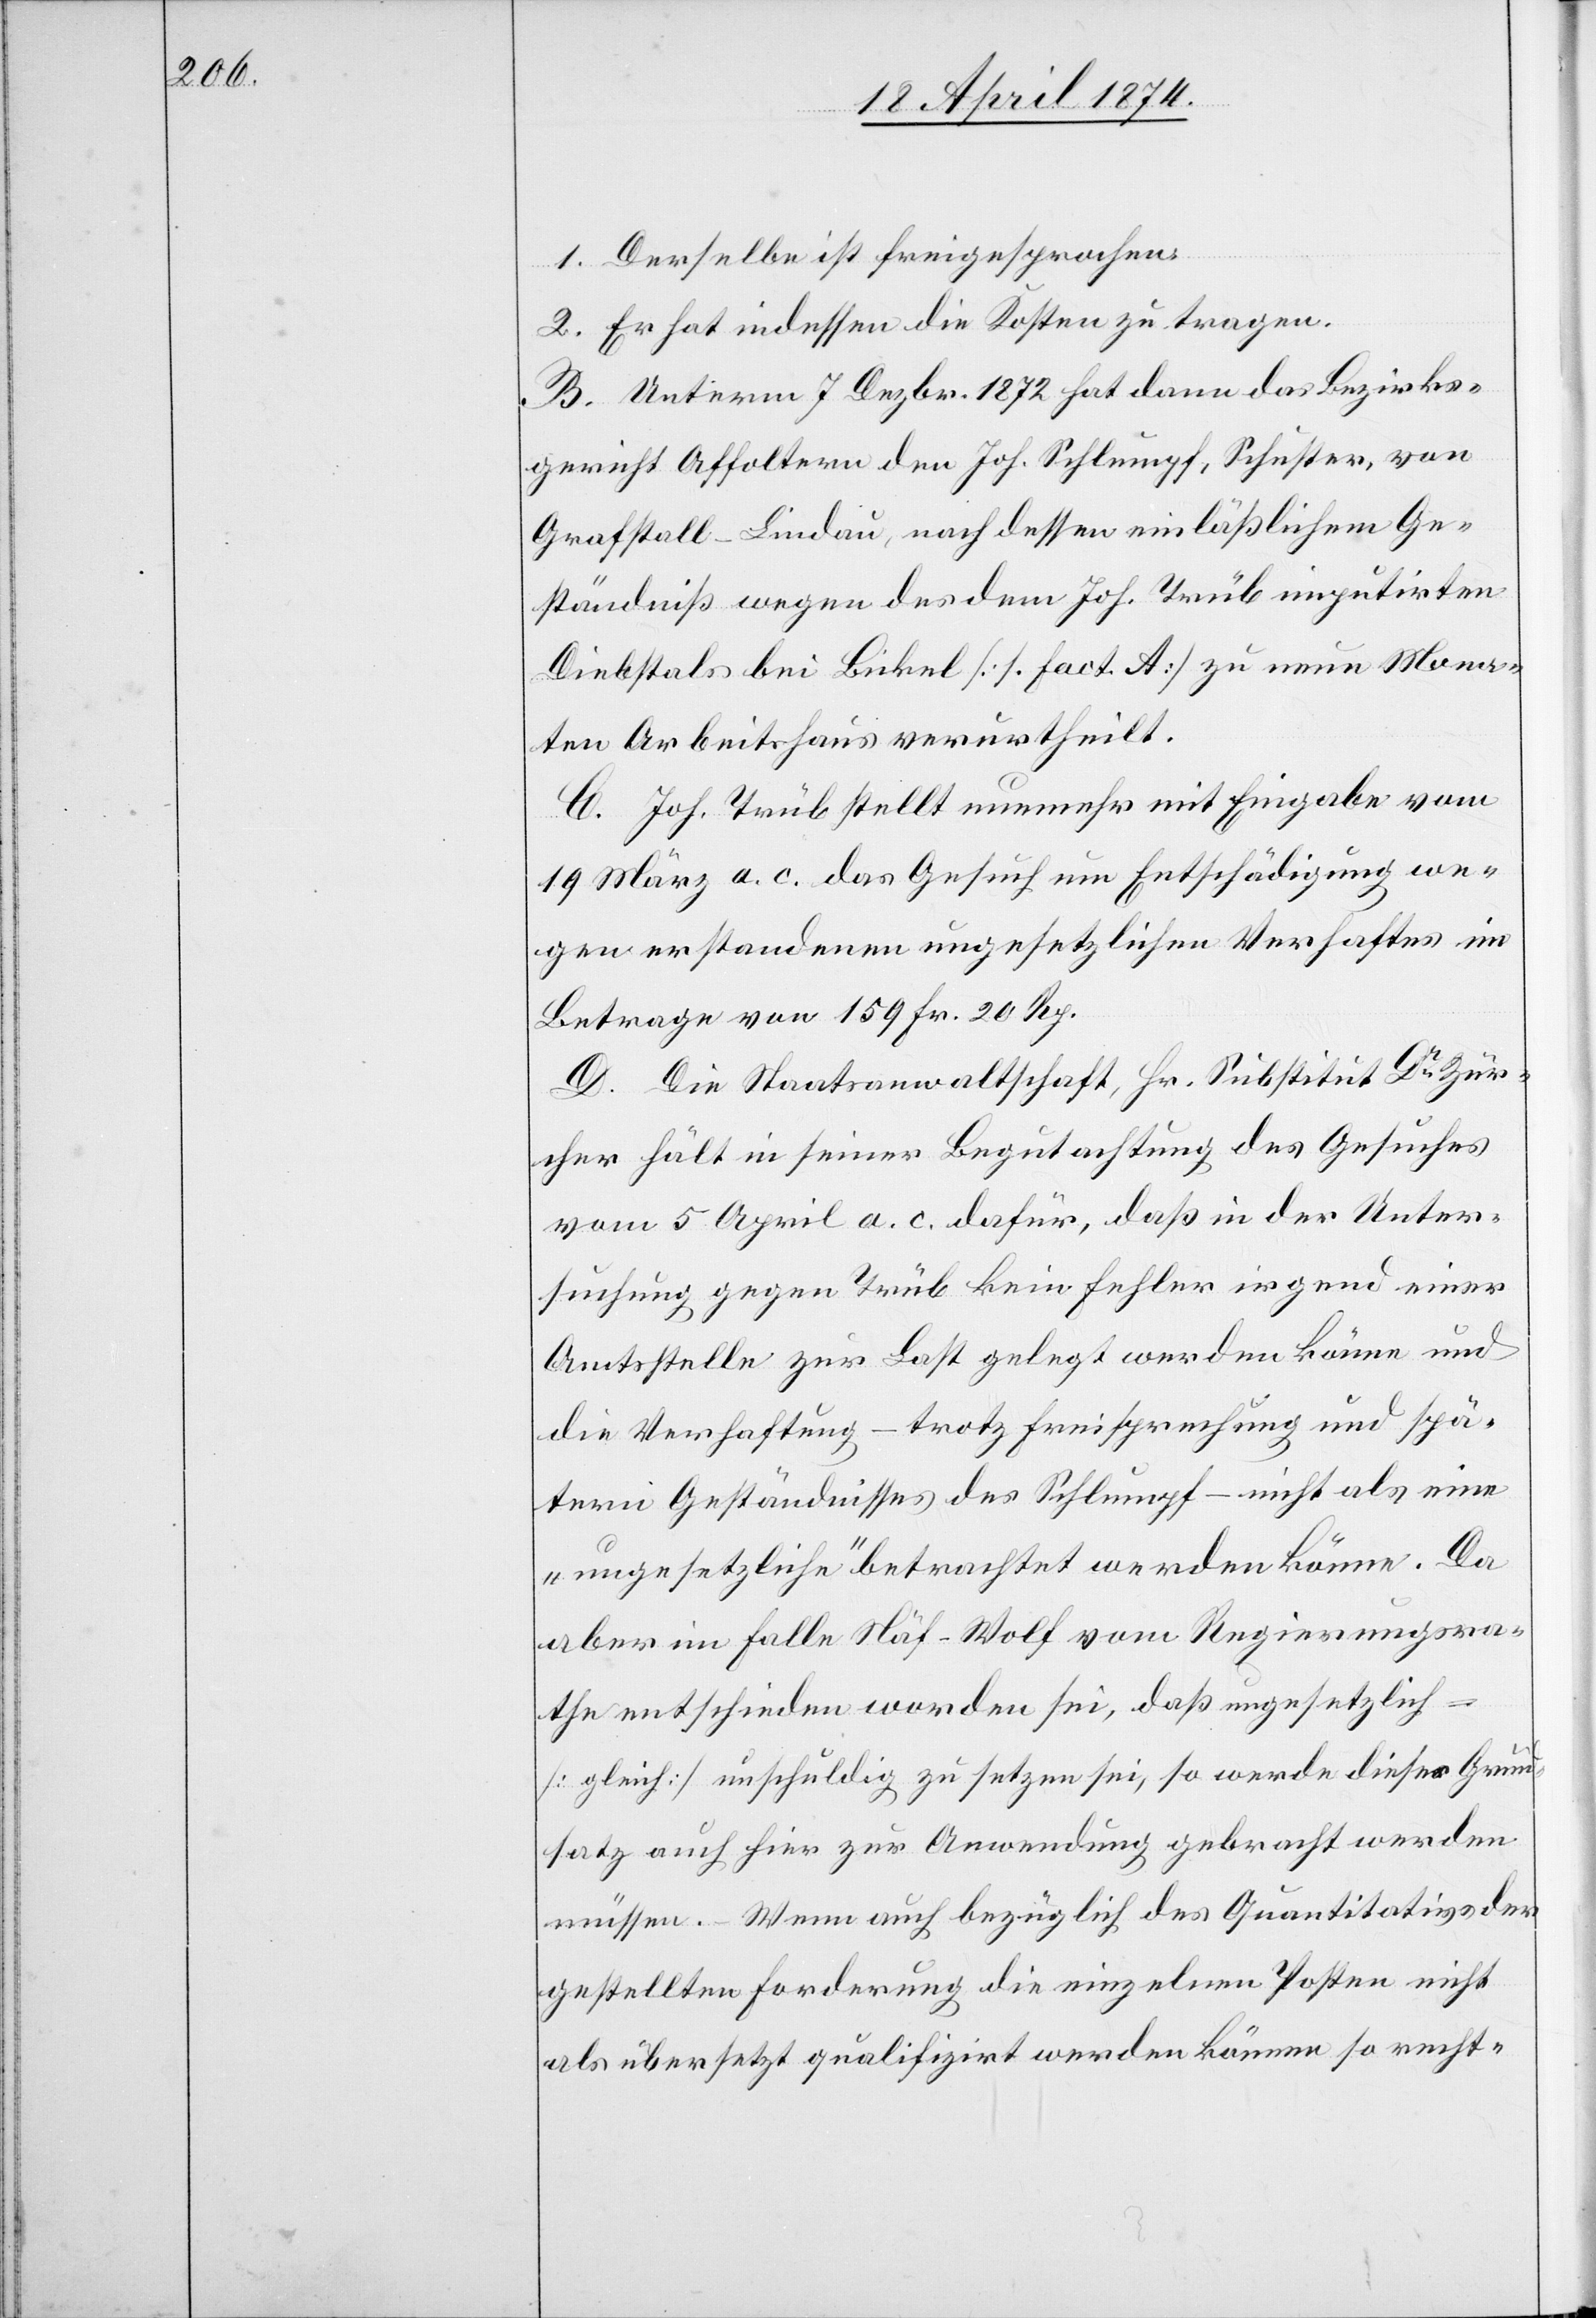
1. Derselbe ist freigesprochen.
2. Er hat indessen die Kosten zu tragen.
B. Unterm 7. Dezbr. 1872 hat dann das Bezirks¬
gericht Affoltern den Joh. Schlumpf, Schuster, von
Grafstall-Lindau, nach dessen einläßlichem Ge¬
ständniß wegen des dem Joh. Trüb imputirten
Diebstals bei Bickel [s. fact. A.] zu neun Mona¬
ten Arbeitshaus verurtheilt.
C. Joh. Trüb stellt nunmehr mit Eingabe vom
19. März a. c das Gesuch um Entschädigung we¬
gen erstandenen ungesetzlichen Verhaftes im
Betrage von 159 Fr. 20 Rp.
D. Die Staatsanwaltschaft, Hr. Substitut Dr Zür¬
cher hält in seiner Begutachtung des Gesuches
vom 5. April a. c. dafür, daß in der Unter¬
suchung gegen Trüb kein Fehler irgend einer
Amtsstelle zur Last gelegt werden könne und
die Verhaftung – trotz Freisprechung und spä¬
teren Geständnisses des Schlumpf – nicht als eine
„ungesetzliche“ betrachtet werden könne. Da
aber im Falle Näf-Wolf vom Regierungsra¬
the entschieden worden sei, daß ungesetzlich
[gleich] unschuldig zu setzen sei, so werde dieser Grund¬
satz auch hier zur Anwendung gebracht werden
müssen. – Wenn auch bezüglich des Quantitativs der
gestellten Forderung die einzelnen Posten nicht
als übersetzt qualifizirt werden können so recht-